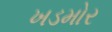
ખડમોર